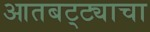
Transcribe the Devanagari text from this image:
आतबट्ट्याचा